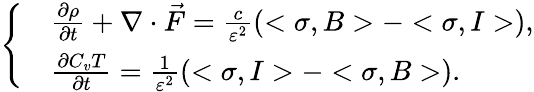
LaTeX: \left\{ \begin{array}{rl}&{\frac{\partial\rho}{\partial t}+\nabla\cdot\vec{F}=\frac{c}{\varepsilon^{2}}\left(<\sigma,B>-<\sigma,I>\right),}\\ &{\frac{\partial C_{v}T}{\partial t}=\frac{1}{\varepsilon^{2}}\left(<\sigma,I>-<\sigma,B>\right).}\end{array}\right.